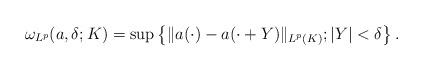
LaTeX: \begin{align*}\omega_{L^p}(a,\delta;K)=\sup\left\{\|a(\cdot)-a(\cdot+Y)\|_{L^p(K)}; |Y|<\delta\right\}.\end{align*}